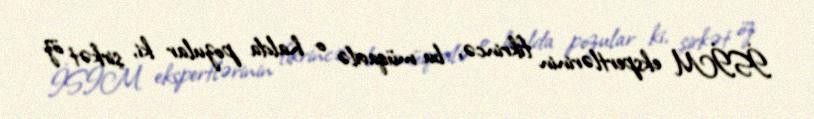
İSİM ekspertlərinin fikrincə, bu müqavilə o halda pozular ki, şirkət öz